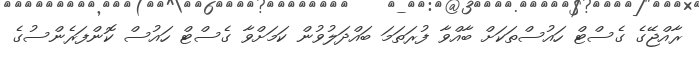
ރާއްޖޭގެ ގެސްޓް ހައުސްތަކަށް ބާއްވާ ފުރަތަމަ ބައްދަލުވުން ކަމަށްވާ ގެސްޓް ހައުސް ކޮންފަރެންސުގެ